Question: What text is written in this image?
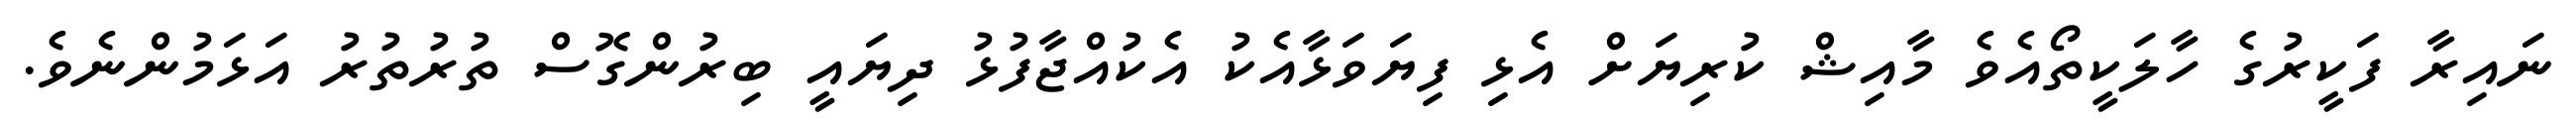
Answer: ނައިރާ ފަކީރުގެ ހާލަކީތޯއެވެ މާއިޝް ކުރިޔަށް އެޅި ފިޔަވަޅާއެކު އެކުއްޖާފުޅު ދިޔައީ ބިރުންގޮސް ތުރުތުރު އަޅަމުންނެވެ.